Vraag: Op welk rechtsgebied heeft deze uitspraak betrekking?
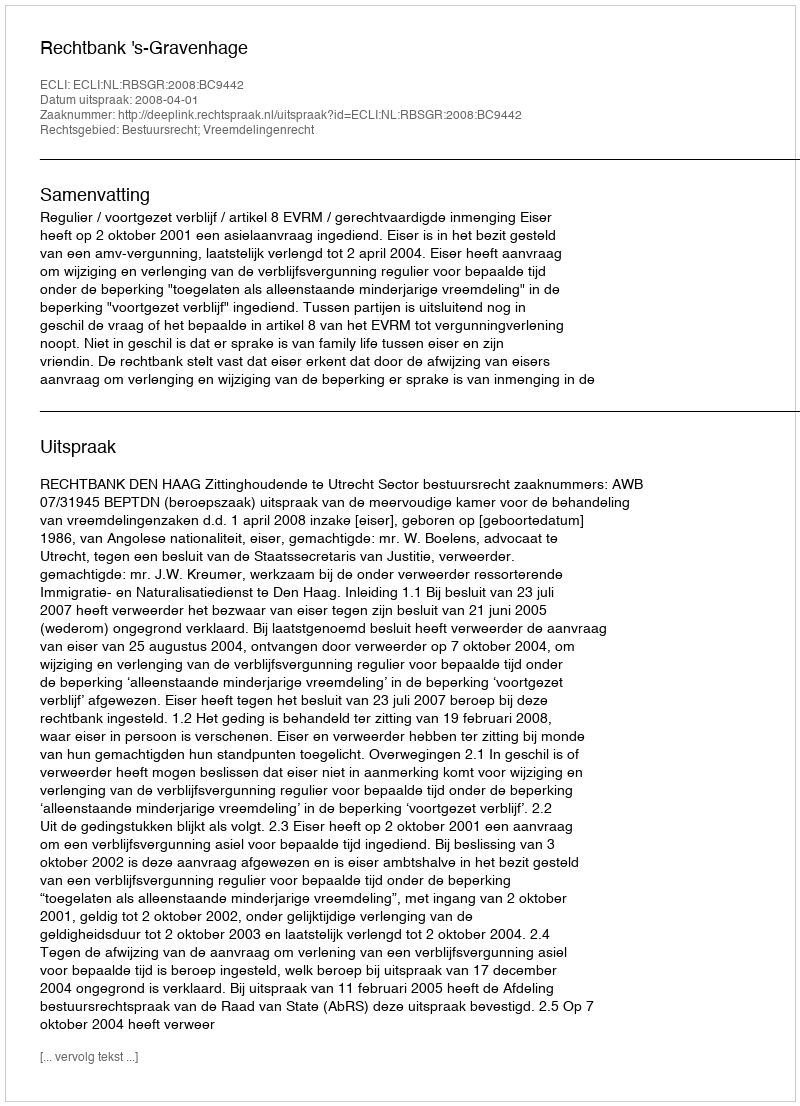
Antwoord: Bestuursrecht; Vreemdelingenrecht